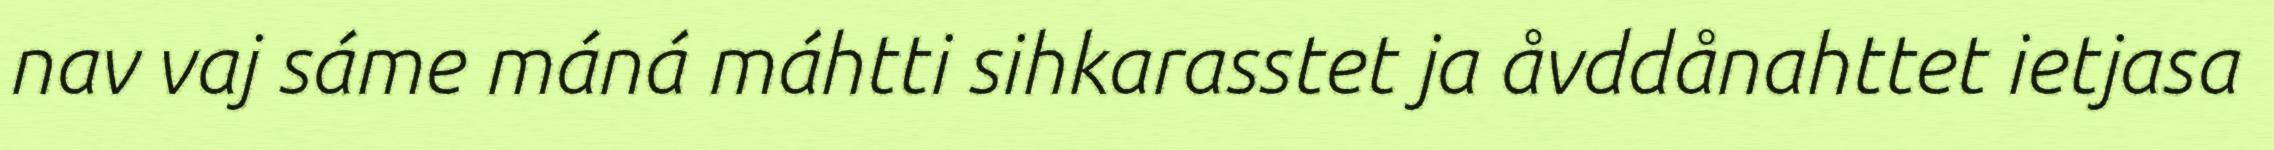
nav vaj sáme máná máhtti sihkarasstet ja åvddånahttet ietjasa